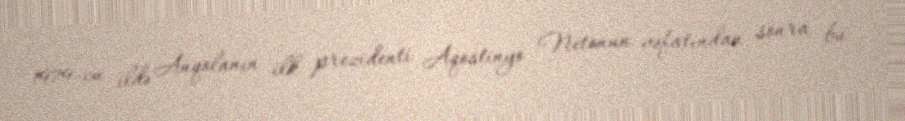
1979-cu ildə Anqolanın ilk prezidenti Aqostinyo Netonun vəfatından sonra bu